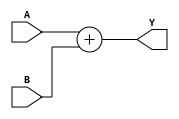
module adder32bits(A,B,Y);

input [31:0] A;
input [31:0] B;
output [31:0] Y;
assign Y=A+B;

endmodule